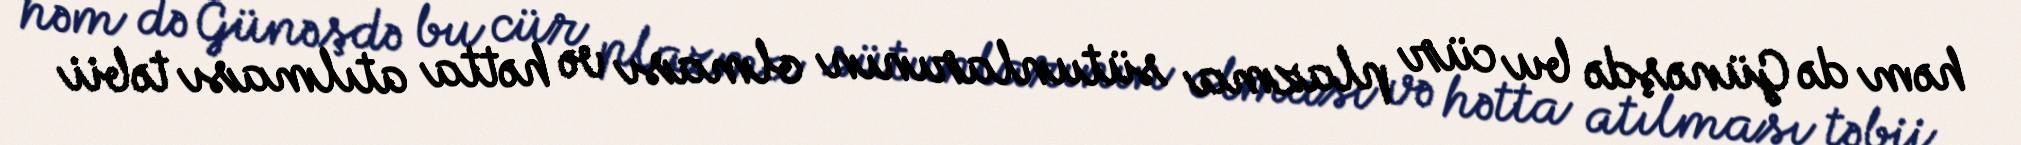
həm də Günəşdə bu cür plazma sütunlarının olması və hətta atılması təbii